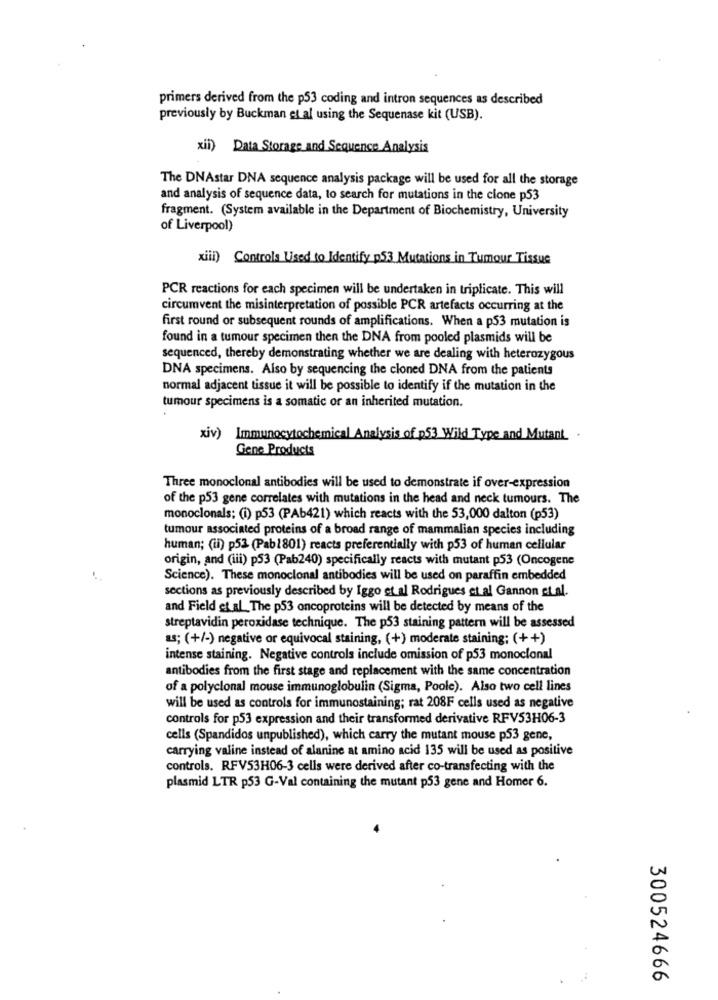
primers derived from the p53 coding and intron sequences as described
previously by Buckman et al using the Sequenase kit (USB).
xii) Data Storage and Sequence Analysis
The DNAstar DNA sequence analysis package will be used for all the storage
and analysis of sequence data, to search for mutations in the clone p53
fragment. (System available in the Department of Biochemistry, University
of Liverpool)
xiii) Controla Lised to Identify p53 Mutations in Tumour Tissue
PCR reactions for each specimen will be undertaken in triplicate. This will
circumvent the misinterpretation of possible PCR artefacts occurring at the
first round or subsequent rounds of amplifications. When a p53 mutation is
found in a tumour specimen then the DNA from pooled plasmids will be
sequenced, thereby demonstrating whether we are dealing with heterozygous
DNA specimens. Also by sequencing the cloned DNA from the patients
normal adjacent tissue it will be possible to identify if the mutation in the
tumour specimens is a somatic or an inherited mutation.
xiv) Immunocytochemical Analysis of p53 Wild Type and Mutant.
Gene Products
Three monoclonal antibodies will be used to demonstrate if over-expression
of the p53 gene correlates with mutations in the head and neck tumours. The
monoclonals; (i) p53 (PAb421) which reacts with the 53,000 dalton (p53)
tumour associated proteins of a broad range of mammalian species including
human; (ii) p53 (Pab1801) reacts preferentially with p53 of human cellular
origin, and (iii) p53 (Pab240) specifically reacts with mutant p53 (Oncogene
Science). These monoclonal antibodies will be used on paraffin embedded
sections as previously described by Iggo et al Rodrigues et al Gannon et al.
and Field et al_The p53 oncoproteins will be detected by means of the
streptavidin peroxidase technique. The p53 staining pattern will be assessed
&S; (+/-) negative or equivocal staining, (+) moderate staining; (++)
intense staining. Negative controls include omission of p53 monoclonal
antibodies from the first stage and replacement with the same concentration
of a polyclonal mouse immunoglobulin (Sigma, Poole). Also two cell lines
will be used as controls for immunostaining; rat 208F cells used as negative
controls for p53 expression and their transformed derivative RFV53H06-3
cells (Spandidos unpublished), which carry the mutant mouse p53 gene,
carrying valine instead of alanine at amino acid 135 will be used as positive
controls. RFV53H06-3 cells were derived after co-transfecting with the
plasmid LTR p53 G-Val containing the mutant p53 gene and Homer 6.
300524666